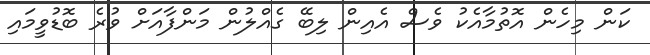
ކަން މިހެން އޮތުމާއެކު ވެސް އެއިން ލިބޭ ގެއްލުން މަންފާއަށް ވުރެ ބޮޑުވީމައި